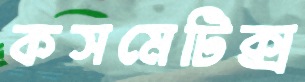
কসমেটিক্স